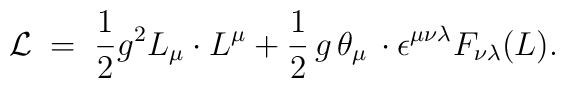
{\cal L} \;=\; \frac{1}{2} g^2 L_{\mu} \cdot L^{\mu} + \frac{1}{2}\, g \, \theta_{\mu} \,\cdot \epsilon^{\mu \nu \lambda} F_{\nu \lambda} (L).